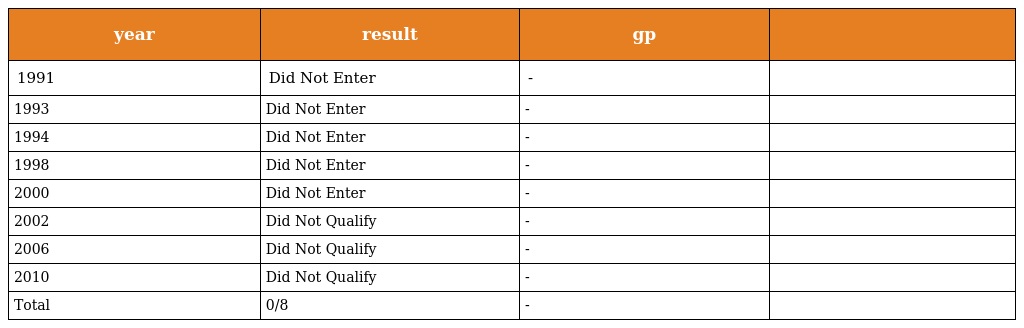
| year | result | gp |  |
 | --- | --- | --- | --- |
 | 1991 | Did Not Enter | - |  |
 | 1993 | Did Not Enter | - |  |
 | 1994 | Did Not Enter | - |  |
 | 1998 | Did Not Enter | - |  |
 | 2000 | Did Not Enter | - |  |
 | 2002 | Did Not Qualify | - |  |
 | 2006 | Did Not Qualify | - |  |
 | 2010 | Did Not Qualify | - |  |
 | Total | 0/8 | - |  |